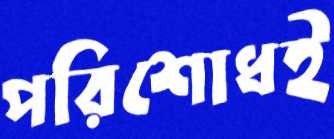
পরিশোধই